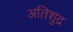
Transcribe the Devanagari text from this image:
अतिशुद्र